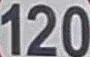
120